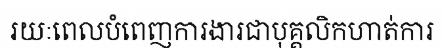
រយៈពេលបំពេញការងារជាបុគ្គលិកហាត់ការ